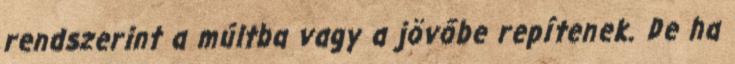
rendszerint a múltba vagy a jövőbe repítenek. De ha